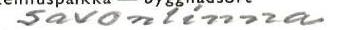
Savonlinna